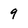
Character: 9